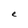
Character: e